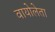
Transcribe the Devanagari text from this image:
वायोलेता